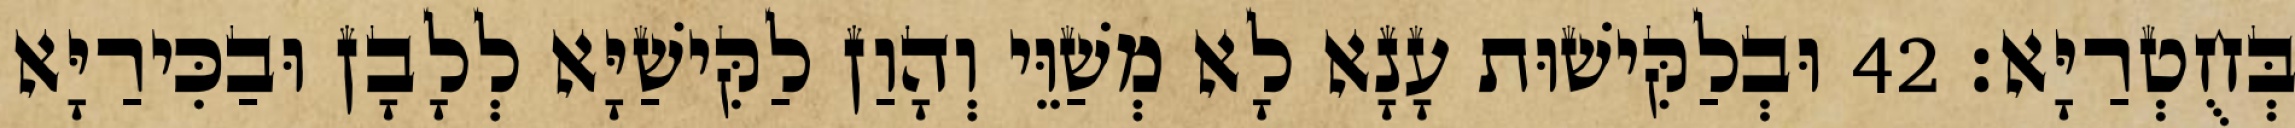
בְּחֻטְרַיָּא׃ 42 וּבְלַקִּישׁוּת עָנָא לָא מְשַׁוֵּי וְהָוַן לַקִּישַׁיָּא לְלָבָן וּבַכִּירַיָּא